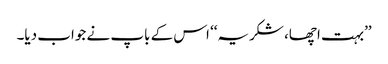
’’بہت اچھا، شکریہ‘‘ اس کے باپ نے جواب دیا۔